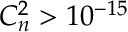
C _ { n } ^ { 2 } > 1 0 ^ { - 1 5 }